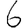
Digit: 6